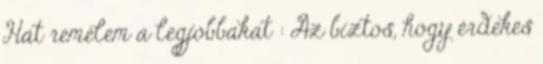
Hát remélem a legjobbakat : Az biztos, hogy érdekes